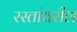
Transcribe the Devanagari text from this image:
रस्तांवरील